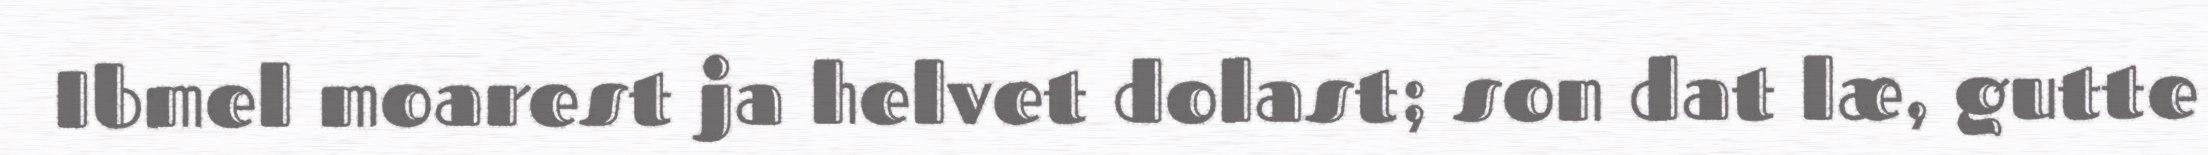
Ibmel moarest ja helvet dolast; son dat læ, gutte